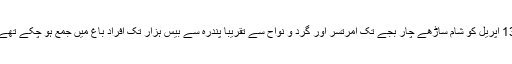
13 اپریل کو شام ساڑھے چار بجے تک امرتسر اور گرد و نواح سے تقریباً پندرہ سے بیس ہزار تک افراد باغ میں جمع ہو چکے تھے۔